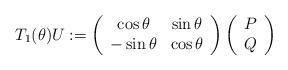
LaTeX: \begin{align*}T_1(\theta)U:=\left(\begin{array}{cccc} \cos\theta & \sin\theta\\-\sin\theta & \cos\theta\end{array}\right)\left(\begin{array}{c} P\\ Q\end{array}\right)\end{align*}